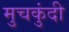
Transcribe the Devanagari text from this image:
मुचकुंदी